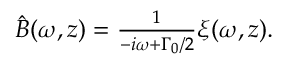
\begin{array} { r } { \hat { B } ( \omega , z ) = \frac { 1 } { - i \omega + \Gamma _ { 0 } / 2 } \xi ( \omega , z ) . } \end{array}